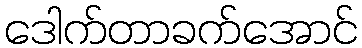
ဒေါက်တာခက်အောင်